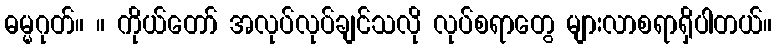
ဓမ္မဂုတ်။ ။ ကိုယ်တော် အလုပ်လုပ်ချင်သလို လုပ်စရာတွေ များလာစရာရှိပါတယ်။